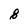
Character: 8